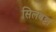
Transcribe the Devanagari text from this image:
सिलबट्टा